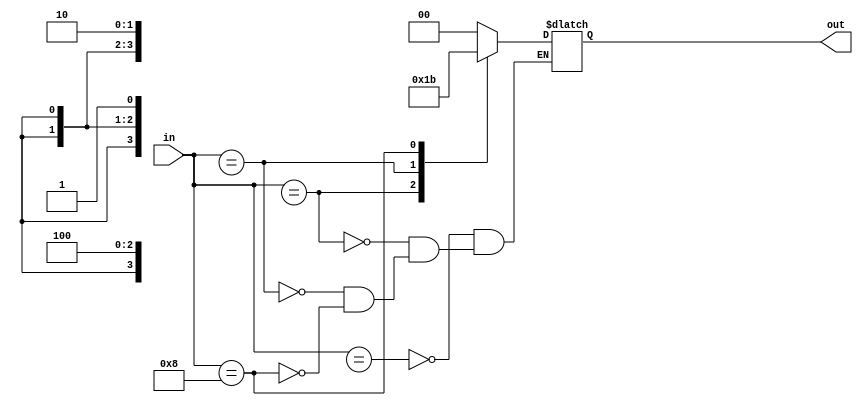
`timescale 1ns / 1ps
//////////////////////////////////////////////////////////////////////////////////
// Company: 
// Engineer: 
// 
// Design Name: 
// Module Name: pri_enc
// Project Name: 
// Target Devices: 
// Tool Versions: 
// Description: 
// 
// Dependencies: 
// 
// Revision:
// Revision 0.01 - File Created
// Additional Comments:
// 
//////////////////////////////////////////////////////////////////////////////////


module pri_enc(in, out);
    
    output [1:0] out;
    input [3:0] in;
    reg [1:0] out;
    
    always @(*)
    case (in)
        
        {3'bx,1'b1}: out = 2'b00;    
        {2'bx,1'b1,1'b0}:out = 2'b01;
        {1'bx,1'b1,2'b0}:out = 2'b10;
        {1'b1,3'b0}:out = 2'b11;
        
    endcase
        
endmodule